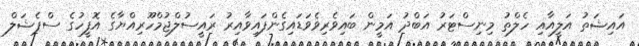
އައިޝަތު އަލީއާއި ހެލްތު މިނިސްޓަރު އަބްދު އަމީން ބައިވެރިވެވަޑައިގެންފައިވާއިރު ރައީސުލްޖުމްހޫރިއްޔާގެ އޮފީހުގެ ސްޕެޝަލް